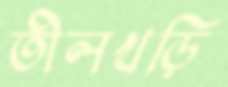
তীলখড়ি